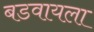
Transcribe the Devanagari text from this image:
बडवायला